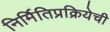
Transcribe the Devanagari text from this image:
निर्मितिप्रक्रियेची